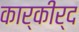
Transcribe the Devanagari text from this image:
कार्कीर्द